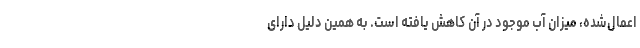
اعمال‌شده، میزان آب موجود در آن کاهش یافته است. به همین دلیل دارای